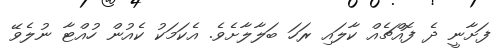
ފަށާނީ ދެ ފޮއްޗެއް ކާލައި ރަހަ ބަލާލާށެވެ. އެކަމަކު ކެއުން ހުއްޓާ ނުލެވޭ